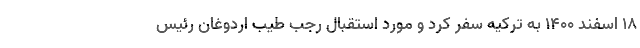
۱۸ اسفند ۱۴۰۰ به ترکیه سفر کرد و مورد استقبال رجب طیب اردوغان رئیس